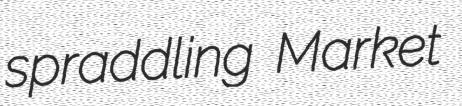
spraddling Market